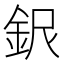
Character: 𲇉